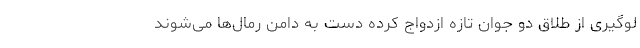
لوگیری از طلاق دو جوان تازه ازدواج کرده دست به دامن رمال‌ها می‌شوند